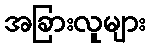
အခြားလူများ